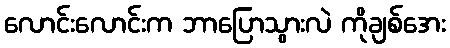
လောင်းလောင်းက ဘာပြောသွားလဲ ကိုချစ်အေး